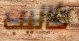
كاليب